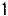
1